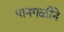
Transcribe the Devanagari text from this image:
पानगळीने